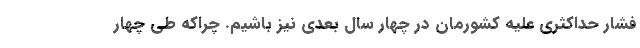
فشار حداکثری علیه کشورمان در چهار سال بعدی نیز باشیم. چراکه طی چهار